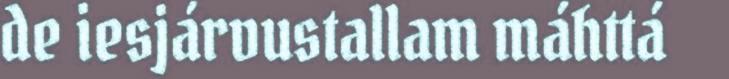
de iesjárvustallam máhttá